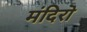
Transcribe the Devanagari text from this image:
मंदिरॊ